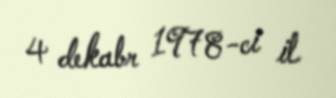
4 dekabr 1978-ci il